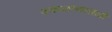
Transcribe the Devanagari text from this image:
उकळण्यासाठी